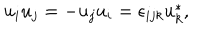
u _ { i } u _ { j } = - u _ { j } u _ { i } = \epsilon _ { i j k } u _ { k } ^ { * } ,